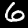
Label: 6